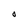
Character: O